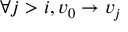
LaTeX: \forall j > i , v _ { 0 } \rightarrow v _ { j }